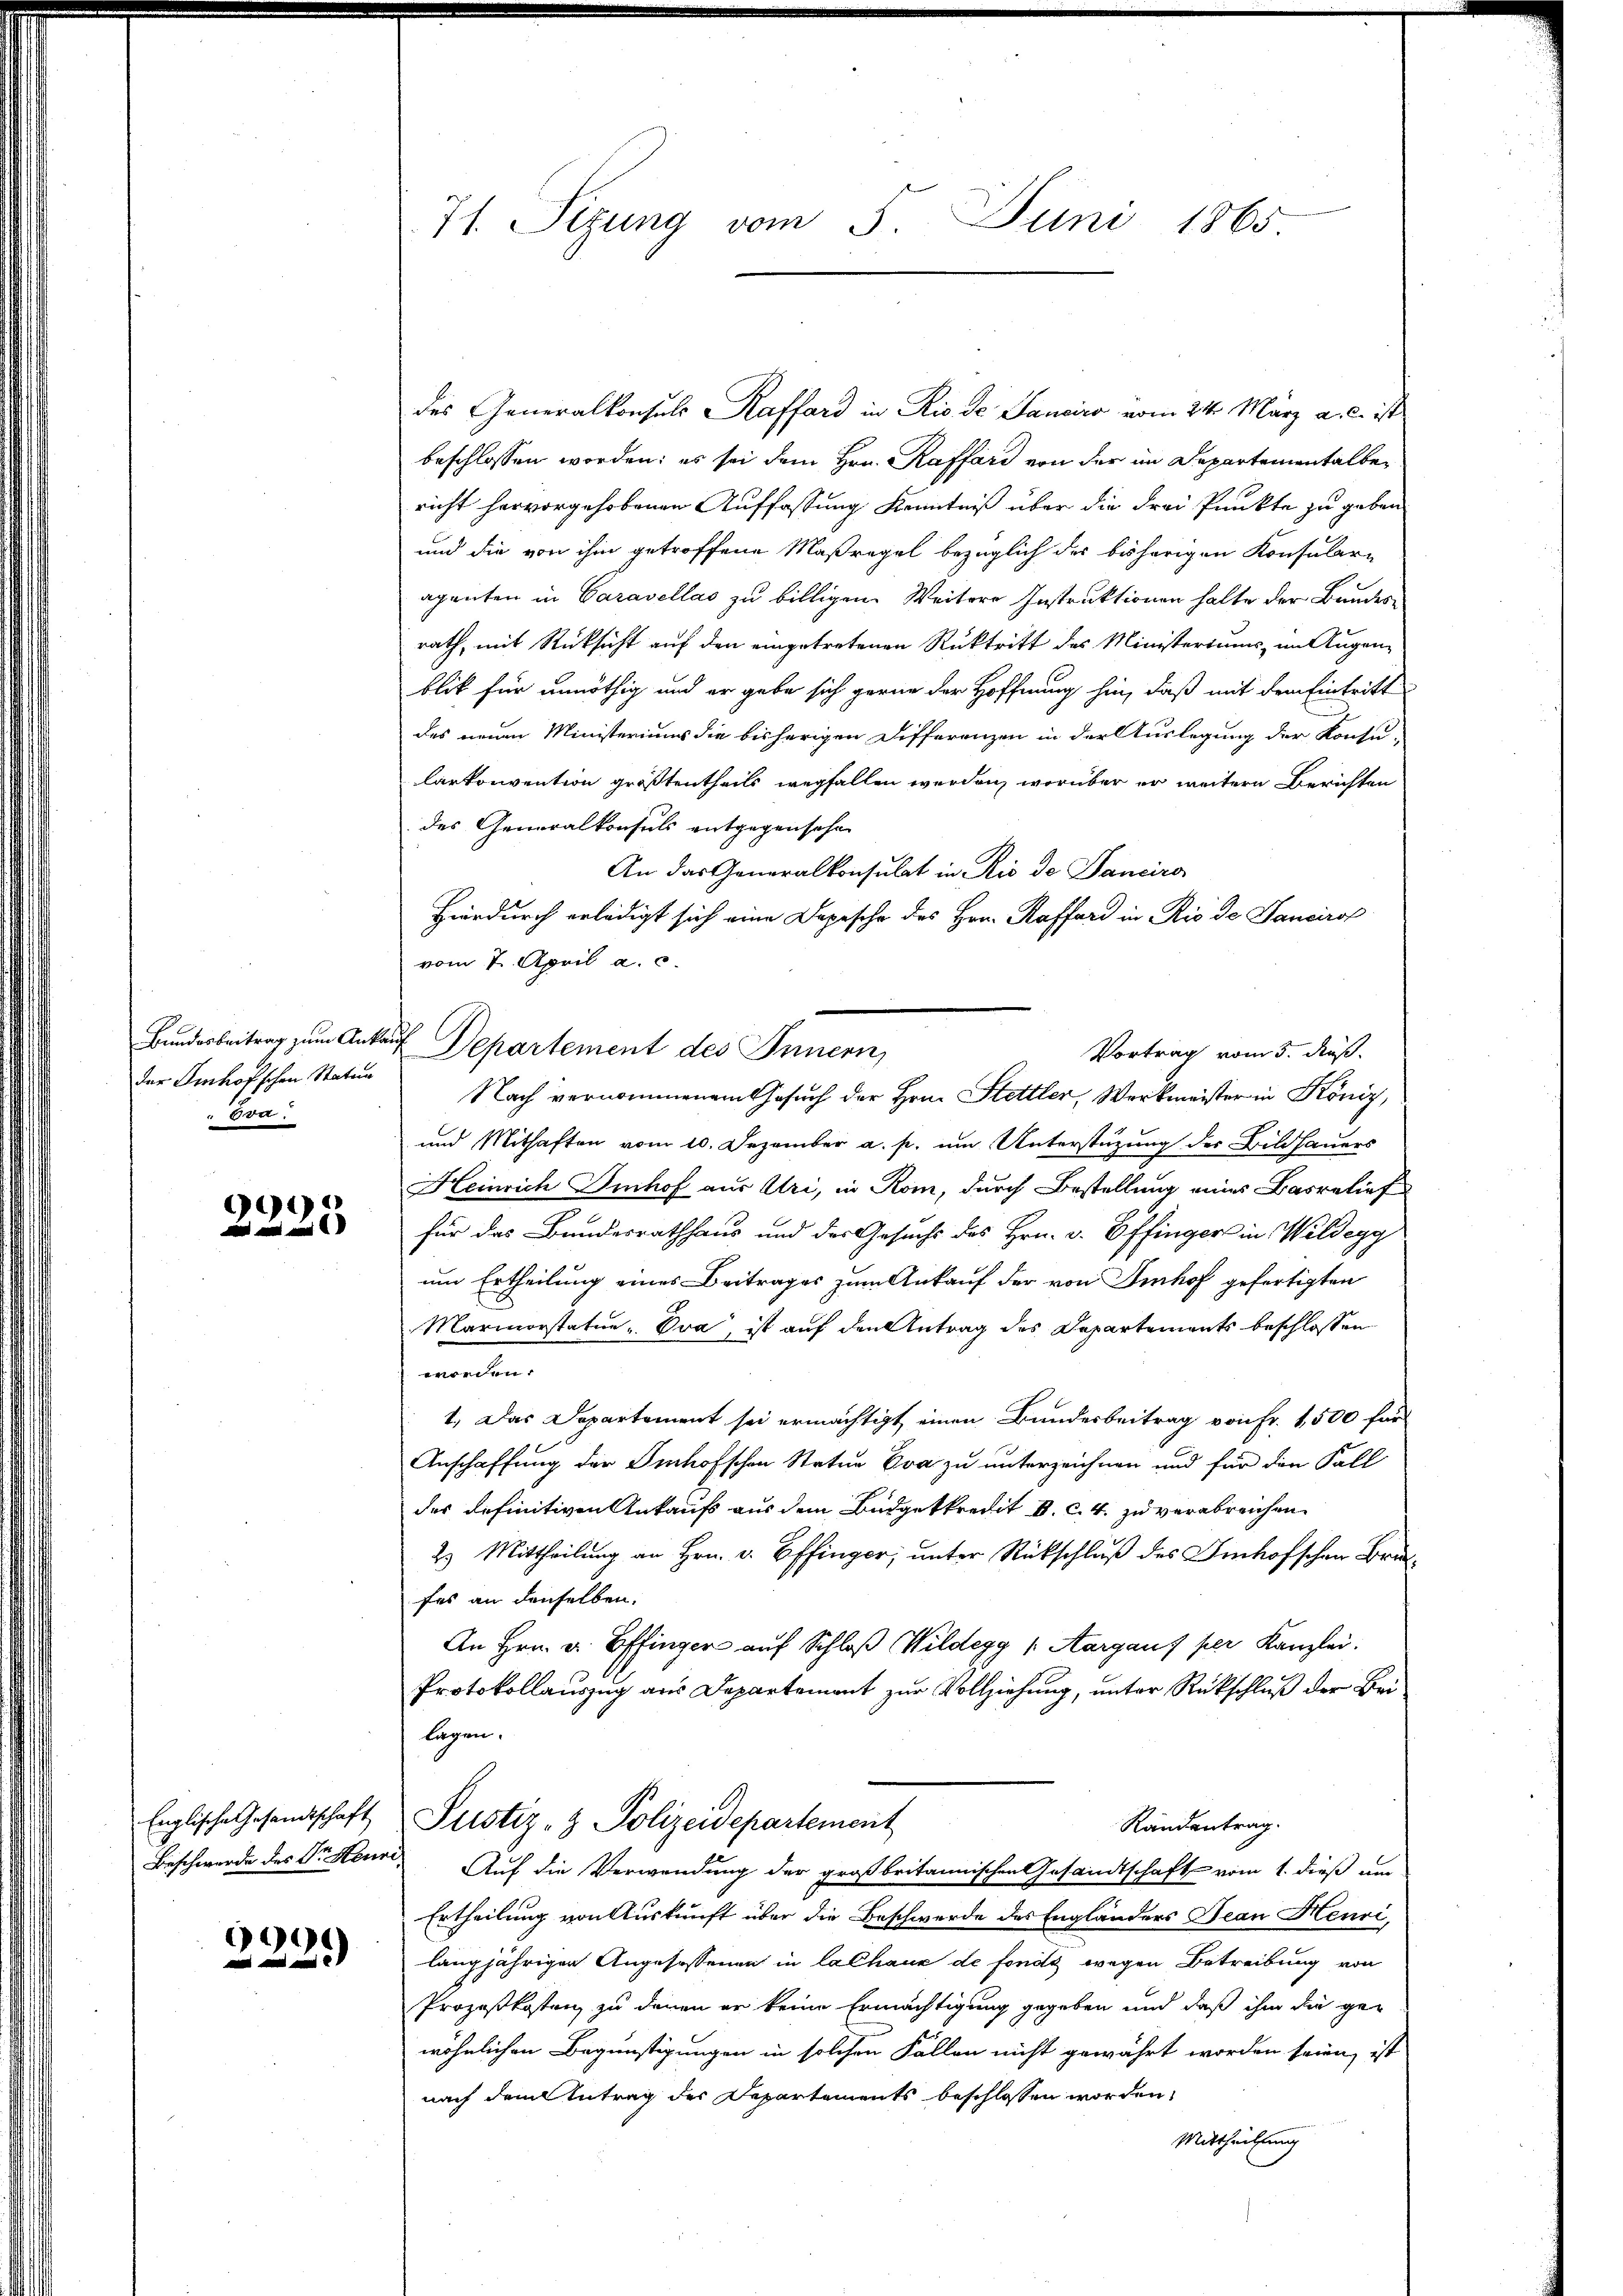
Bundesbeitrag zum Ankader Imhofschen Statur
Ern.

)
  und

Englische Gesandtschaft

699

71. Sizung vom 5. Juni 1865

des Generalkonsuls Raffard in Rio de Janeiro vom 24. März a. c. ist
beschlossen worden; es sei dem Hrn. Raffard von der im Departementalbericht hervorgehobenen Auffassung Kenntniß über die Frei Punkte zu geben
und die von ihm getroffene Maßregel bezüglich der bisherigen Konsulare
agenten in Caravellas zu billigen. Weitere Instruktionen halte der Bundesrath, mit Rücksicht auf den eingetretenen Rücktritt des Ministeriums im Augen-
blik für unnöthig und er gebe sich gerne der Hoffnung hin, daß mit dem Eintritt
des neuen Ministeriums die bisherigen Differenzen in der Auslegung der Konsu-
Carkonvention größtentheils wegfallen werden, worüber er weitere Berichten
des Generalkonsuls entgegensehe
An das Generalkonsulat in Rio de Panciro
Hierdurch erledigt sich eine Depesche des Hrn. Kafferd in Rio de Sanciros
vom 2. April a. c.
 Departement des Innern,
Nach vernommenem Gesuch der Hrn. Stettler, Werkmeister in König,
und Mithaften vom 10. Dezember a. p. um Unterstützung der Bildhauers
Heinrich Imhof aus Uri, in Rom, durch Bestellung eines Basrelief
für das Bundesrathhaus und des Gesuchs des Hrn. v. Offinger in Wildegg
um Ertheilung eines Beitrages zum Ankauf der von Imhof gefertigten
Marmorstatur-Eva, ist auf den Antrag des Departements beschlossen
worden.
1.) Das Departement sei ermächtigt, einen Bundesbeitrag von Fr. 1,500 für
Anschaffung der Imhofschen Statue Eva zu unterzeichnen und für den Fall
des definitiven Ankaufs aus dem Budgetkredit u. c. 4. zu verabreichen.
2. Mittheilung an Hrn. v. Effinger, unter Rückschluß des Imhofschen Bra
fes an denselben.
An Hrn. v. Offinger auf Schloß Wildegg 1. Aargauf per Kanzlei.
Protokollauszug aus Departement zur Vollziehung, unter Rückschluß der Beilagen.
Justiz- & Polizeidepartement
Randantrag.
Beschwerde des Dr. Heur, Auf die Verwendung der großbritannischen Gesandtschaft vom 1. dieß um
Ertheilung von Auskunft über die Beschwerde des Engländers Jean Heuri,
langjährigen Angesessenen in lalhaus de fonds wegen Betreibung von
Prozeßkostenz zu denen er keine Ermächtigung gegeben und daß ihm die gewöhnlichen Begünstigungen in solchen Fällen nicht gewährt worden seien, ist
nach dem Antrag der Departements beschlossen worden,
Mittheilung

Vortrag vom 5. Fuß.